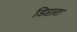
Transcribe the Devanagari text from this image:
डिप्टारा